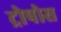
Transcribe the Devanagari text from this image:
ट्रोपोस